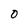
Character: O